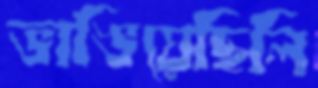
ভাঙিয়েছিলি